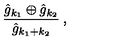
\frac { \hat { g } _ { k _ { 1 } } \oplus \hat { g } _ { k _ { 2 } } } { \hat { g } _ { k _ { 1 } + k _ { 2 } } } \: ,